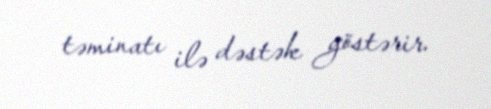
təminatı ilə dəstək göstərir.